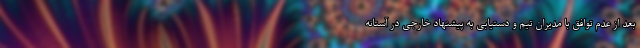
بعد از عدم توافق با مدیران تیم و دستیابی به پیشنهاد خارجی در آستانه